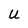
Character: U